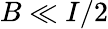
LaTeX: B\ll I/2